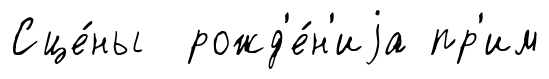
Сце́ны рожд'е́н'иjа пр'им